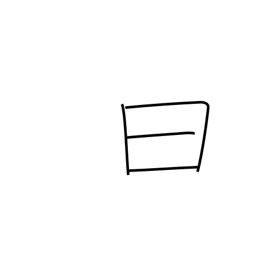
Meaning: history